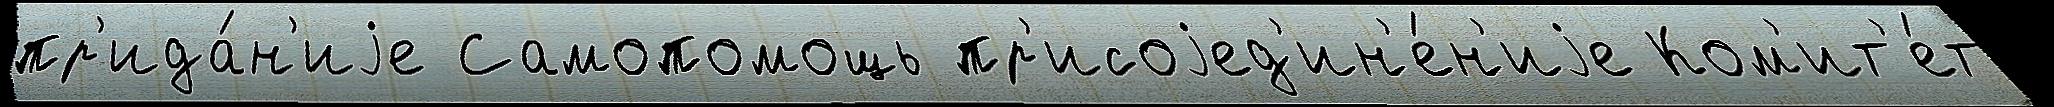
пр'ида́н'иjе Самопомощь пр'исоjед'ин'е́н'иjе Ком'ит'е́т